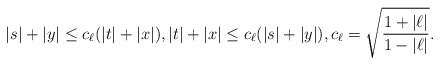
\begin{align*} |s|+|y|\leq c_{\ell} (|t|+|x|),|t|+|x|\leq c_{\ell} (|s|+|y|),c_{\ell}=\sqrt{\frac{1+|\ell|}{1-|\ell|}}. \end{align*}